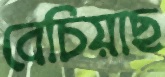
বেচিয়াছ